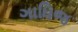
ગાધિજ